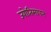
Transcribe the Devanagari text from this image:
ज्योतिमापन